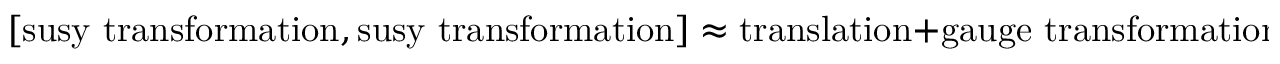
{ } [ \mathrm { s u s y \ t r a n s f o r m a t i o n } , \mathrm { s u s y \ t r a n s f o r m a t i o n } ] \approx \mathrm { t r a n s l a t i o n } + \mathrm { g a u g e \ t r a n s f o r m a t i o n }